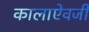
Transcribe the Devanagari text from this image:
कालाऐवजी